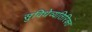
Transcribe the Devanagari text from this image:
सुविधेव्यतिरिक्त